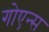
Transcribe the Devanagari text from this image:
गोएन्स